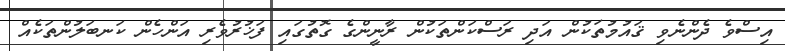
އިސްވެ ދެންނެވި ޤައުމުތަކުން އަދި ރަސްކަންތަކުން ރާނީންގެ ގޮތުގައި ފަޚުރުވެރި އަންހެން ކަނބަލުންތަކެއް